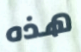
هذه